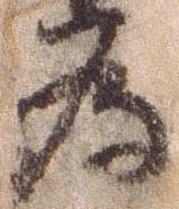
為